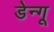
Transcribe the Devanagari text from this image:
डेन्गू